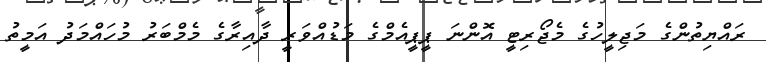
ރައްޔިތުންގެ މަޖިލީހުގެ މެޖޯރިޓީ އޮންނަ ޕީޕީއެމްގެ މަޑުއްވަރީ ދާއިރާގެ މެމްބަރު މުހައްމަދު އަމީތު